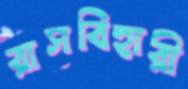
রাসবিহারী